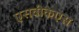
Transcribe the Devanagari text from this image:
एसवीकेएस